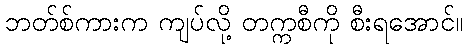
ဘတ်စ်ကားက ကျပ်လို့ တက္ကစီကို စီးရအောင်။